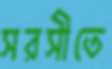
সরসীতে